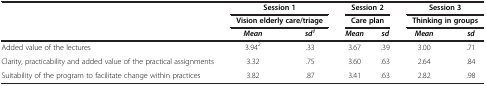
<table><thead><tr><td rowspan="2"><b> </b></td><td colspan="2"><b>Session 1</b></td><td colspan="2"><b>Session 2</b></td><td colspan="2"><b>Session 3</b></td></tr><tr><td colspan="2"><b>Vision elderly care/triage</b></td><td colspan="2"><b>Care plan</b></td><td colspan="2"><b>Thinking in groups</b></td></tr><tr><td><b> </b></td><td><b><i>Mean</i></b></td><td><b><i>sd</i><sup><i>1</i></sup></b></td><td><b><i>Mean</i></b></td><td><b><i>sd</i></b></td><td><b><i>Mean</i></b></td><td><b><i>sd</i></b></td></tr></thead><tbody><tr><td>Added value of the lectures</td><td>3.94<sup>2</sup></td><td>.33</td><td>3.67</td><td>.39</td><td>3.00</td><td>.71</td></tr><tr><td>Clarity, practicability and added value of the practical assignments</td><td>3.32</td><td>.75</td><td>3.60</td><td>.63</td><td>2.64</td><td>.84</td></tr><tr><td>Suitability of the program to facilitate change within practices</td><td>3.82</td><td>.87</td><td>3.41</td><td>.63</td><td>2.82</td><td>.98</td></tr></tbody></table>